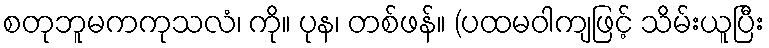
စတုဘူမကကုသလံ၊ ကို။ ပုန၊ တစ်ဖန်။ (ပထမဝါကျဖြင့် သိမ်းယူပြီး